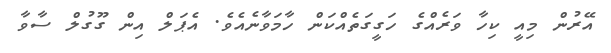
އޭރުން މިއީ ކިހާ ވަރެއްގެ ހަގީގަތެއްކަން ހާމަވާނެއެވެ. އެޕަލް އިން ގޫގުލް ސާވާ